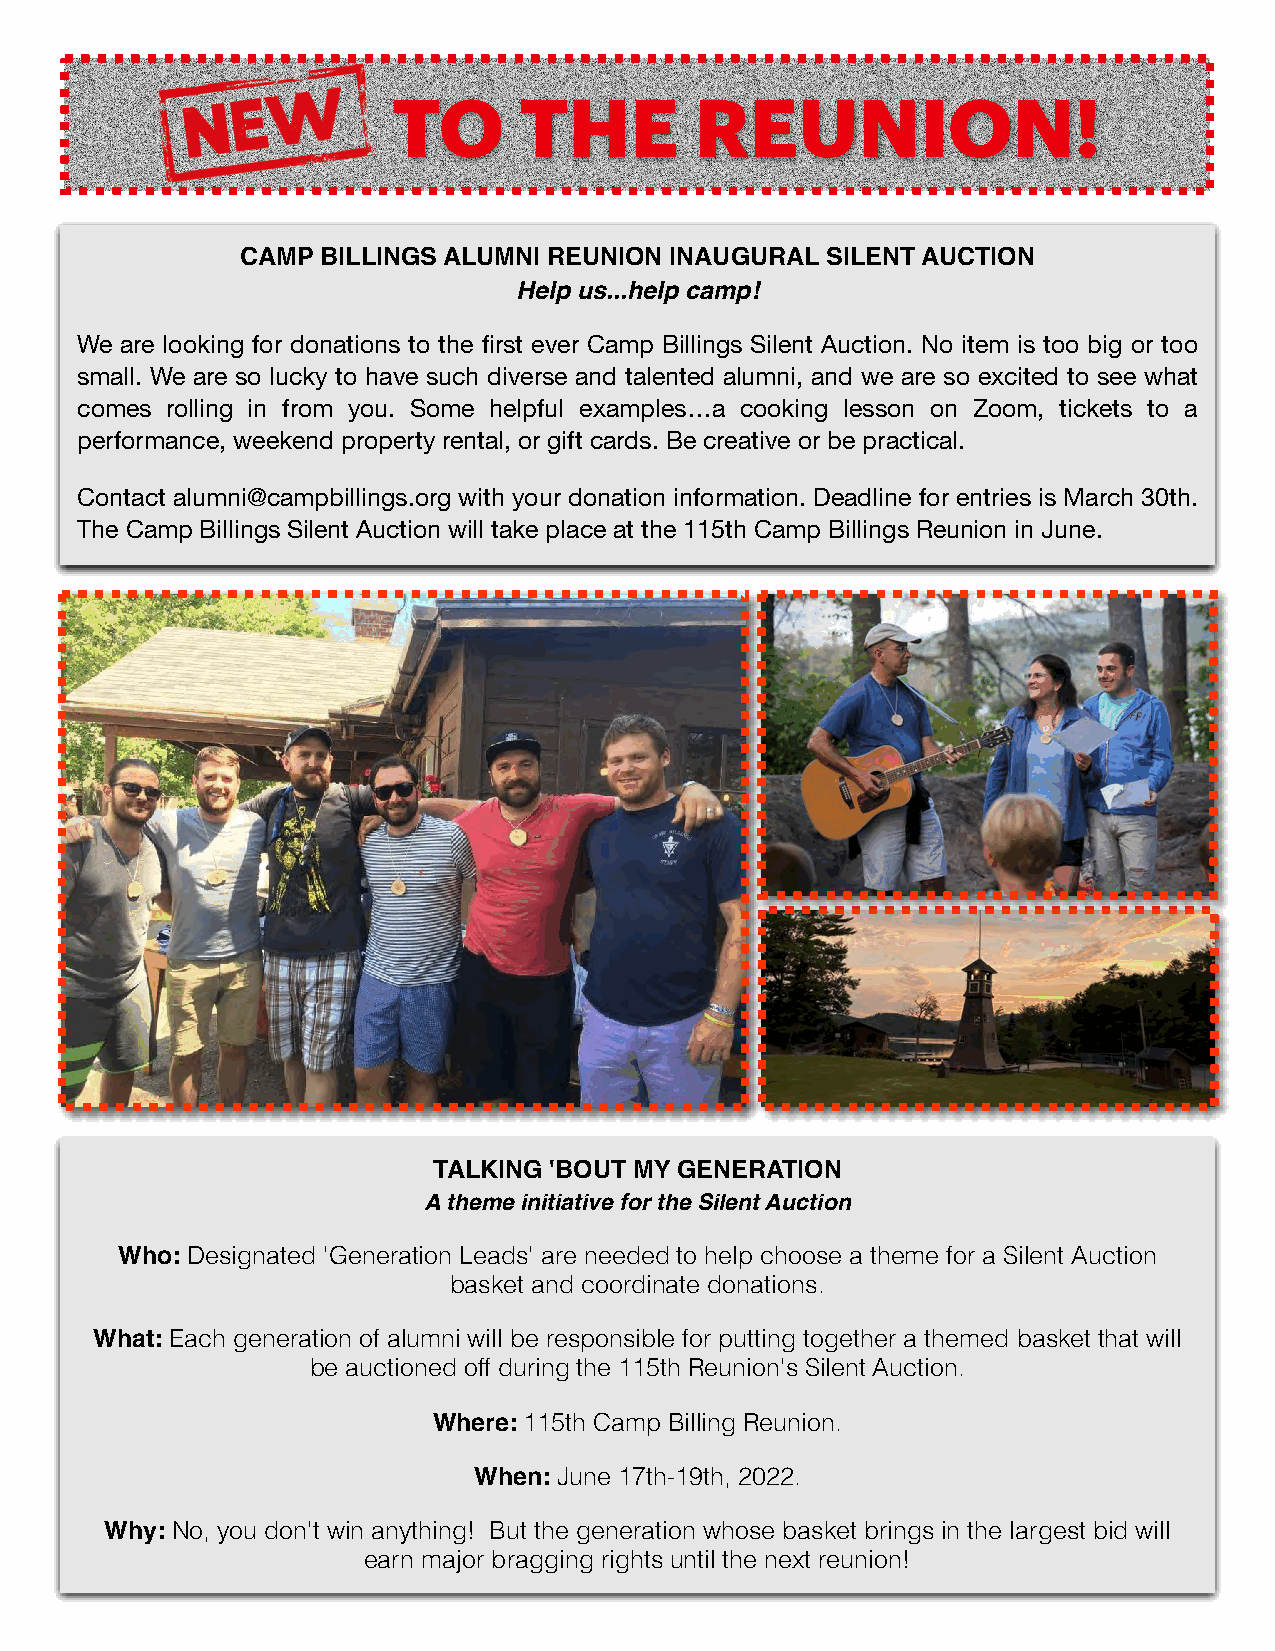
TO      THE         REUNION!
 CAMP BILLINGS ALUMNI REUNION INAUGURAL SILENT AUCTION
 Help us...help camp!
 We are looking for donations to the first ever Camp Billings Silent Auction. No item is too big or too
 small. We are so lucky to have such diverse and talented alumni, and we are so excited to see what
 comes rolling in from you. Some helpful examples…a cooking lesson on Zoom, tickets to a
 performance, weekend property rental, or gift cards. Be creative or be practical.
 Contact alumni@campbillings.org with your donation information. Deadline for entries is March 30th.
 The Camp Billings Silent Auction will take place at the 115th Camp Billings Reunion in June.
 TALKING 'BOUT MY GENERATION
 A theme initiative for the Silent Auction
 Who: Designated 'Generation Leads' are needed to help choose a theme for a Silent Auction
 basket and coordinate donations.
 What: Each generation of alumni will be responsible for putting together a themed basket that will
 be auctioned off during the 115th Reunion's Silent Auction.
 Where: 115th Camp Billing Reunion.
 When: June 17th-19th, 2022.
 Why: No, you don't win anything! But the generation whose basket brings in the largest bid will
 earn major bragging rights until the next reunion!